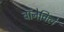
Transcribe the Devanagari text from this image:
बॉनेविले